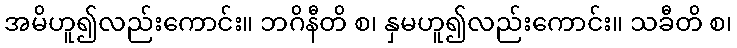
အမိဟူ၍လည်းကောင်း။ ဘဂိနီတိ စ၊ နှမဟူ၍လည်းကောင်း။ သခီတိ စ၊